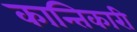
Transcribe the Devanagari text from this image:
कान्तिकारी